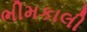
ભીમકાલી